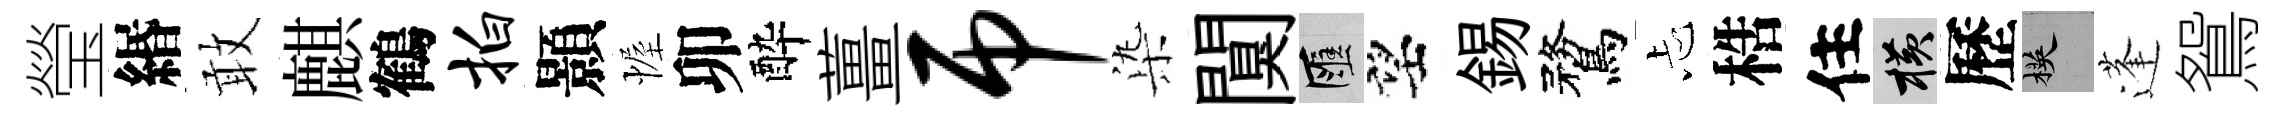
瑩緡敢麒鶴拍顥幄卯酔薑吊𣑱闃匯望錫鶩忐梏住横歷楧蓬鴛